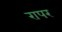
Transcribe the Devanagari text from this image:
रापर